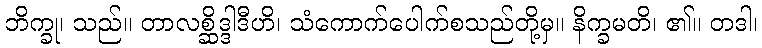
ဘိက္ခု၊ သည်။ တာလစ္ဆိဒ္ဒါဒီဟိ၊ သံကောက်ပေါက်စသည်တို့မှ။ နိက္ခမတိ၊ ၏။ တဒါ၊